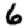
Digit: 6